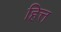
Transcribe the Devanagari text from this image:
हित्त